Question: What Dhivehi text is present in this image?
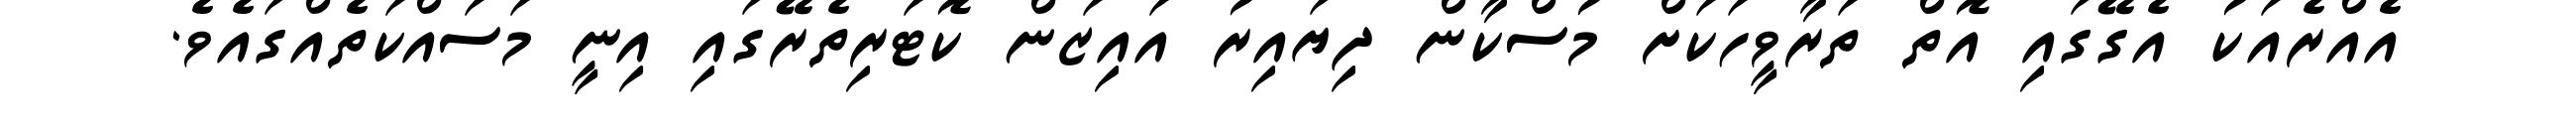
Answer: އެއްރެއަކު އެގޭގައި އޮތް ތަރާވީހަކަށް މުސްކާން ދިޔައިރު އައިޒަން ކޮޓަރިތެރޭގައި އިނީ މަސައްކަތެއްގައެވެ.